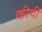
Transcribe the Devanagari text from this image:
कीथी